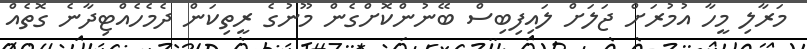
މަރާލި މީހާ އުމުރަށް ޖަލަށް ލައިފިބިސް ބޭނުންކޮށްގެން މޫނުގެ ރީތިކަން ދެމެހެއްޓިދާނެ ގޮތެއް